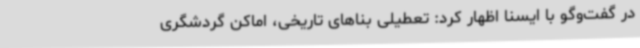
در گفت‌وگو با ایسنا اظهار کرد: تعطیلی بناهای تاریخی، اماکن گردشگری